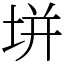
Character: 垪